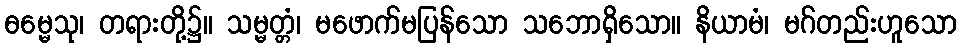
ဓမ္မေသု၊ တရားတို့၌။ သမ္မတ္တံ၊ မဖောက်မပြန်သော သဘောရှိသော။ နိယာမံ၊ မဂ်တည်းဟူသော